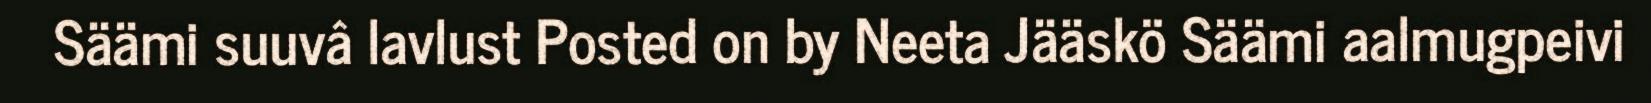
Säämi suuvâ lavlust Posted on by Neeta Jääskö Säämi aalmugpeivi